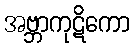
အဗ္ဘာကုဋိကော